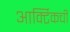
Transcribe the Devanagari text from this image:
आर्क्टिकची